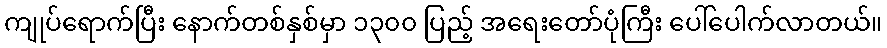
ကျုပ်ရောက်ပြီး နောက်တစ်နှစ်မှာ ၁၃၀၀ ပြည့် အရေးတော်ပုံကြီး ပေါ်ပေါက်လာတယ်။